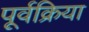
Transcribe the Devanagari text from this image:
पूर्वक्रिया